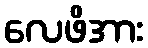
လေဖိအား